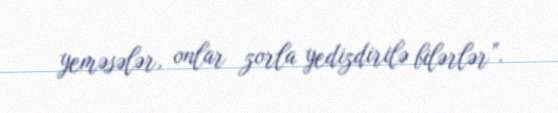
yeməsələr, onlar zorla yedizdirilə bilərlər”.